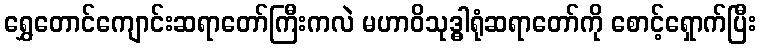
ရွှေတောင်ကျောင်းဆရာတော်ကြီးကလဲ မဟာဝိသုဒ္ဓါရုံဆရာတော်ကို စောင့်ရှောက်ပြီး